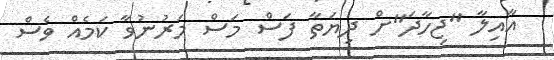
އާއިލާ "ޖިހާދަ"ށް ދިޔަތާ ފަސް މަސް މަރުނުވާ ކަމެއް ވެސް